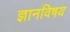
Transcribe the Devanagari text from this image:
ज्ञानविषय